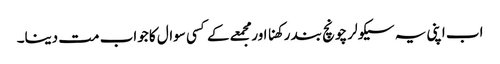
اب اپنی یہ سیکولر چونچ بند رکھنا اور مجمعے کے کسی سوال کا جواب مت دینا۔